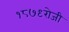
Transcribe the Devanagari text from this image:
१८७९रोजी